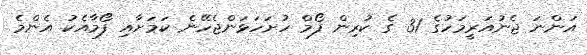
އަންނަ ޖެނުއަރީމަހުގެ 31 ގެ ކުރިން ފޯމް ހުށަހަޅަންޖެހޭނެ ކަމަށާއި ފޯމާއެކު އެންމެ